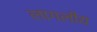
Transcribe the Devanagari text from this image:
लागलीय